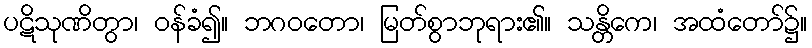
ပဋိသုဏိတွာ၊ ဝန်ခံ၍။ ဘဂဝတော၊ မြတ်စွာဘုရား၏။ သန္တိကေ၊ အထံတော်၌။